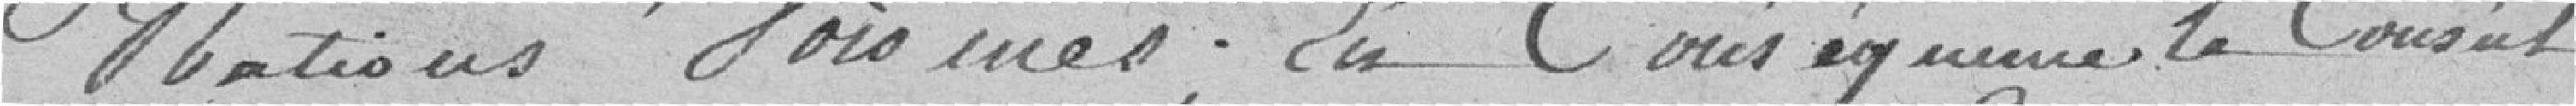
nations voisines. En conséquence, le consul